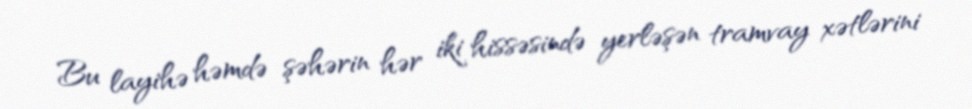
Bu layihə həmdə şəhərin hər iki hissəsində yerləşən tramvay xətlərini